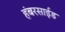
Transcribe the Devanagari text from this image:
हंबरसाईड